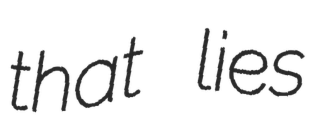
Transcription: that lies